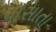
પોસાતા